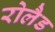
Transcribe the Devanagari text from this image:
रोलैड